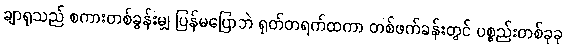
ချာရုသည် စကားတစ်ခွန်းမျှ ပြန်မပြောဘဲ ရုတ်တရက်ထကာ တစ်ဖက်ခန်းတွင် ပစ္စည်းတစ်ခုခု